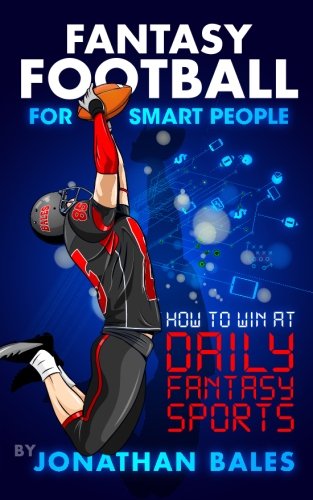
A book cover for Fantasy Football for Smart People: How to Win at Daily Fantasy Sports; Jonathan Bales; Sports & Outdoors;